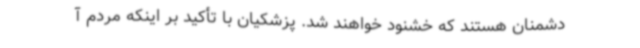
دشمنان هستند که خشنود خواهند شد. پزشکیان با تأکید بر اینکه مردم آ